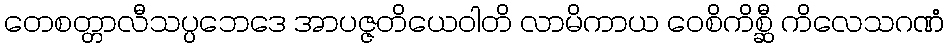
တေစတ္တာလီသပ္ပဘေဒေ အာပဇ္ဇတိယေဝါတိ လာမိကာယ ဝေစိကိစ္ဆီ ကိလေသဂဏံ